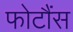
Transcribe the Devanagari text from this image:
फोटौंस